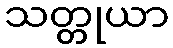
သတ္တုယာ